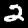
Digit: 2